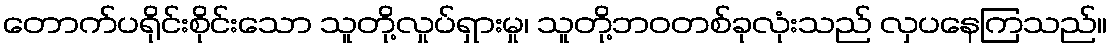
တောက်ပရိုင်းစိုင်းသော သူတို့လှုပ်ရှားမှု၊ သူတို့ဘဝတစ်ခုလုံးသည် လှပနေကြသည်။